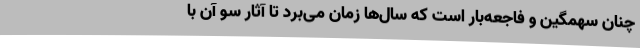
چنان سهمگین و فاجعه‌بار است که سال‌ها زمان می‌برد تا آثار سو آن با